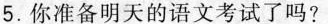
5.你准备明天的语文考试了吗?